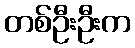
တစ်ဦးဦးက